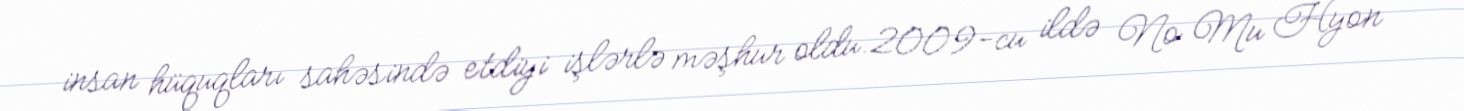
insan hüquqları sahəsində etdiyi işlərlə məşhur oldu.2009-cu ildə No Mu Hyon